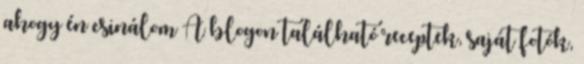
ahogy én csinálom A blogon található receptek, saját fotók,